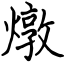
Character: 燉